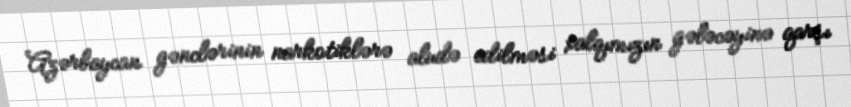
Azərbaycan gənclərinin narkotiklərə aludə edilməsi xalqımızın gələcəyinə qarşı